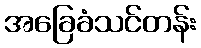
အခြေခံသင်တန်း